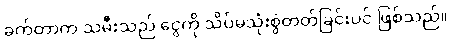
ခက်တာက သမီးသည် ငွေကို သိပ်မသုံးစွဲတတ်ခြင်းပင် ဖြစ်သည်။